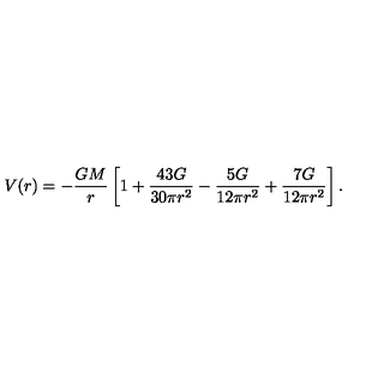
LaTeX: V ( r ) = - \frac { G M } { r } \left[ 1 + \frac { 4 3 G } { 3 0 \pi r ^ { 2 } } - \frac { 5 G } { 1 2 \pi r ^ { 2 } } + \frac { 7 G } { 1 2 \pi r ^ { 2 } } \right] .